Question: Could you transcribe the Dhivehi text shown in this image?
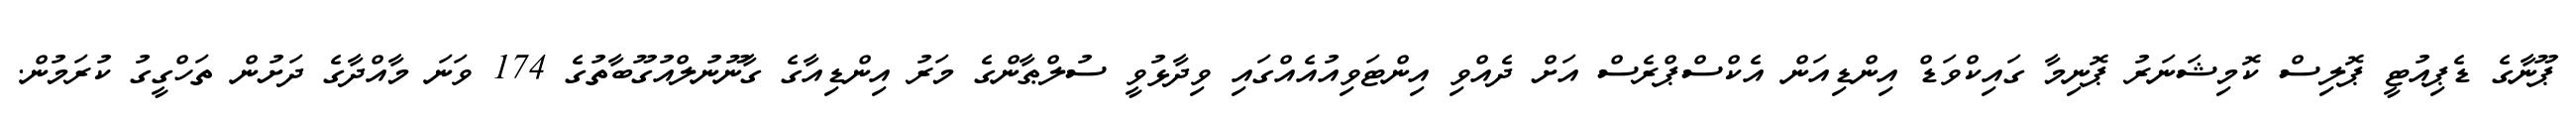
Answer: ޕޫނާގެ ޑެޕިއުޓީ ޕޮލިސް ކޮމިޝަނަރު ޕޮނިމާ ގައިކްވަޑް އިންޑިއަން އެކްސްޕްރެސް އަށް ދެއްވި އިންޓަވިއުއެއްގައި ވިދާޅުވީ ސުލްޠާންގެ މަރު އިންޑިއާގެ ގާނޫނުލްއުގޫބާތުގެ 174 ވަނަ މާއްދާގެ ދަށުން ތަހްގީގު ކުރަމުން.